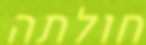
חולתה